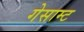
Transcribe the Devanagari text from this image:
गेसाम्ट